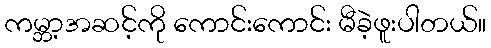
ကမ္ဘာ့အဆင့်ကို ကောင်းကောင်း မီခဲ့ဖူးပါတယ်။